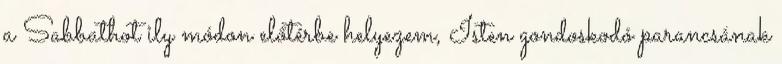
a Sabbathot ily módon előtérbe helyezem, Isten gondoskodó parancsának